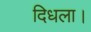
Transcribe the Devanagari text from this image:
दिधला।